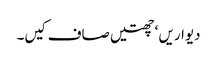
دیواریں ‘ چھتیں صاف کیں۔